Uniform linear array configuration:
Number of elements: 4
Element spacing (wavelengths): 0.25
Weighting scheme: hann
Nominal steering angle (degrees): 0
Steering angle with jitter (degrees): -0.9431
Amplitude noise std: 0.05
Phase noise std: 0.05

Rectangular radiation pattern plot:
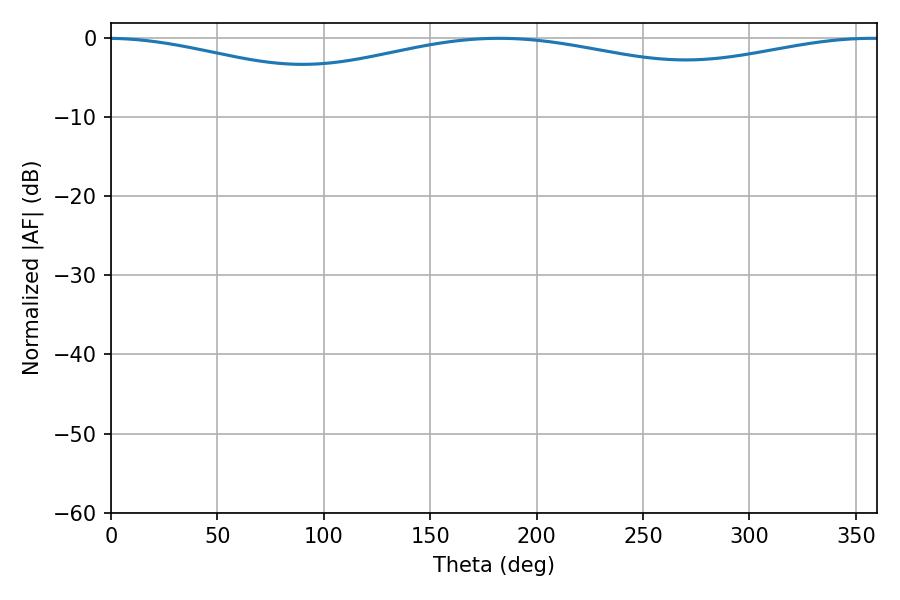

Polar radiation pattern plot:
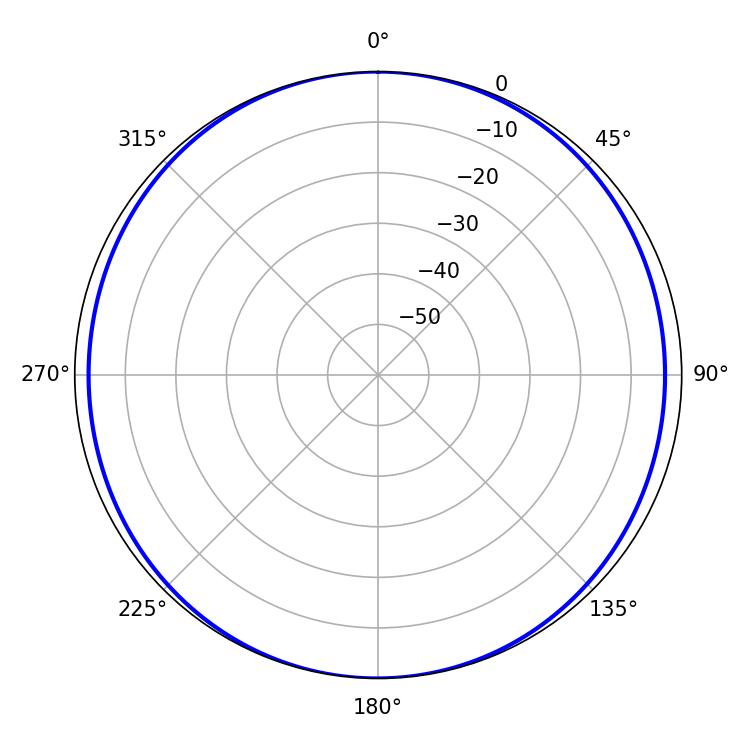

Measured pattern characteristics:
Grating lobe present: FALSE
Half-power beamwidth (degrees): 253.62
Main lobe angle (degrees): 182.34